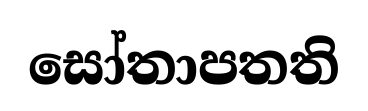
සෝතාපතති